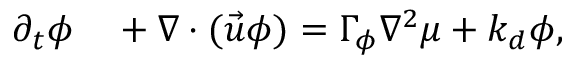
\begin{array} { r l } { \partial _ { t } \phi } & { { } + \nabla \cdot ( \vec { u } \phi ) = \Gamma _ { \phi } \nabla ^ { 2 } \mu + k _ { d } \phi , } \end{array}